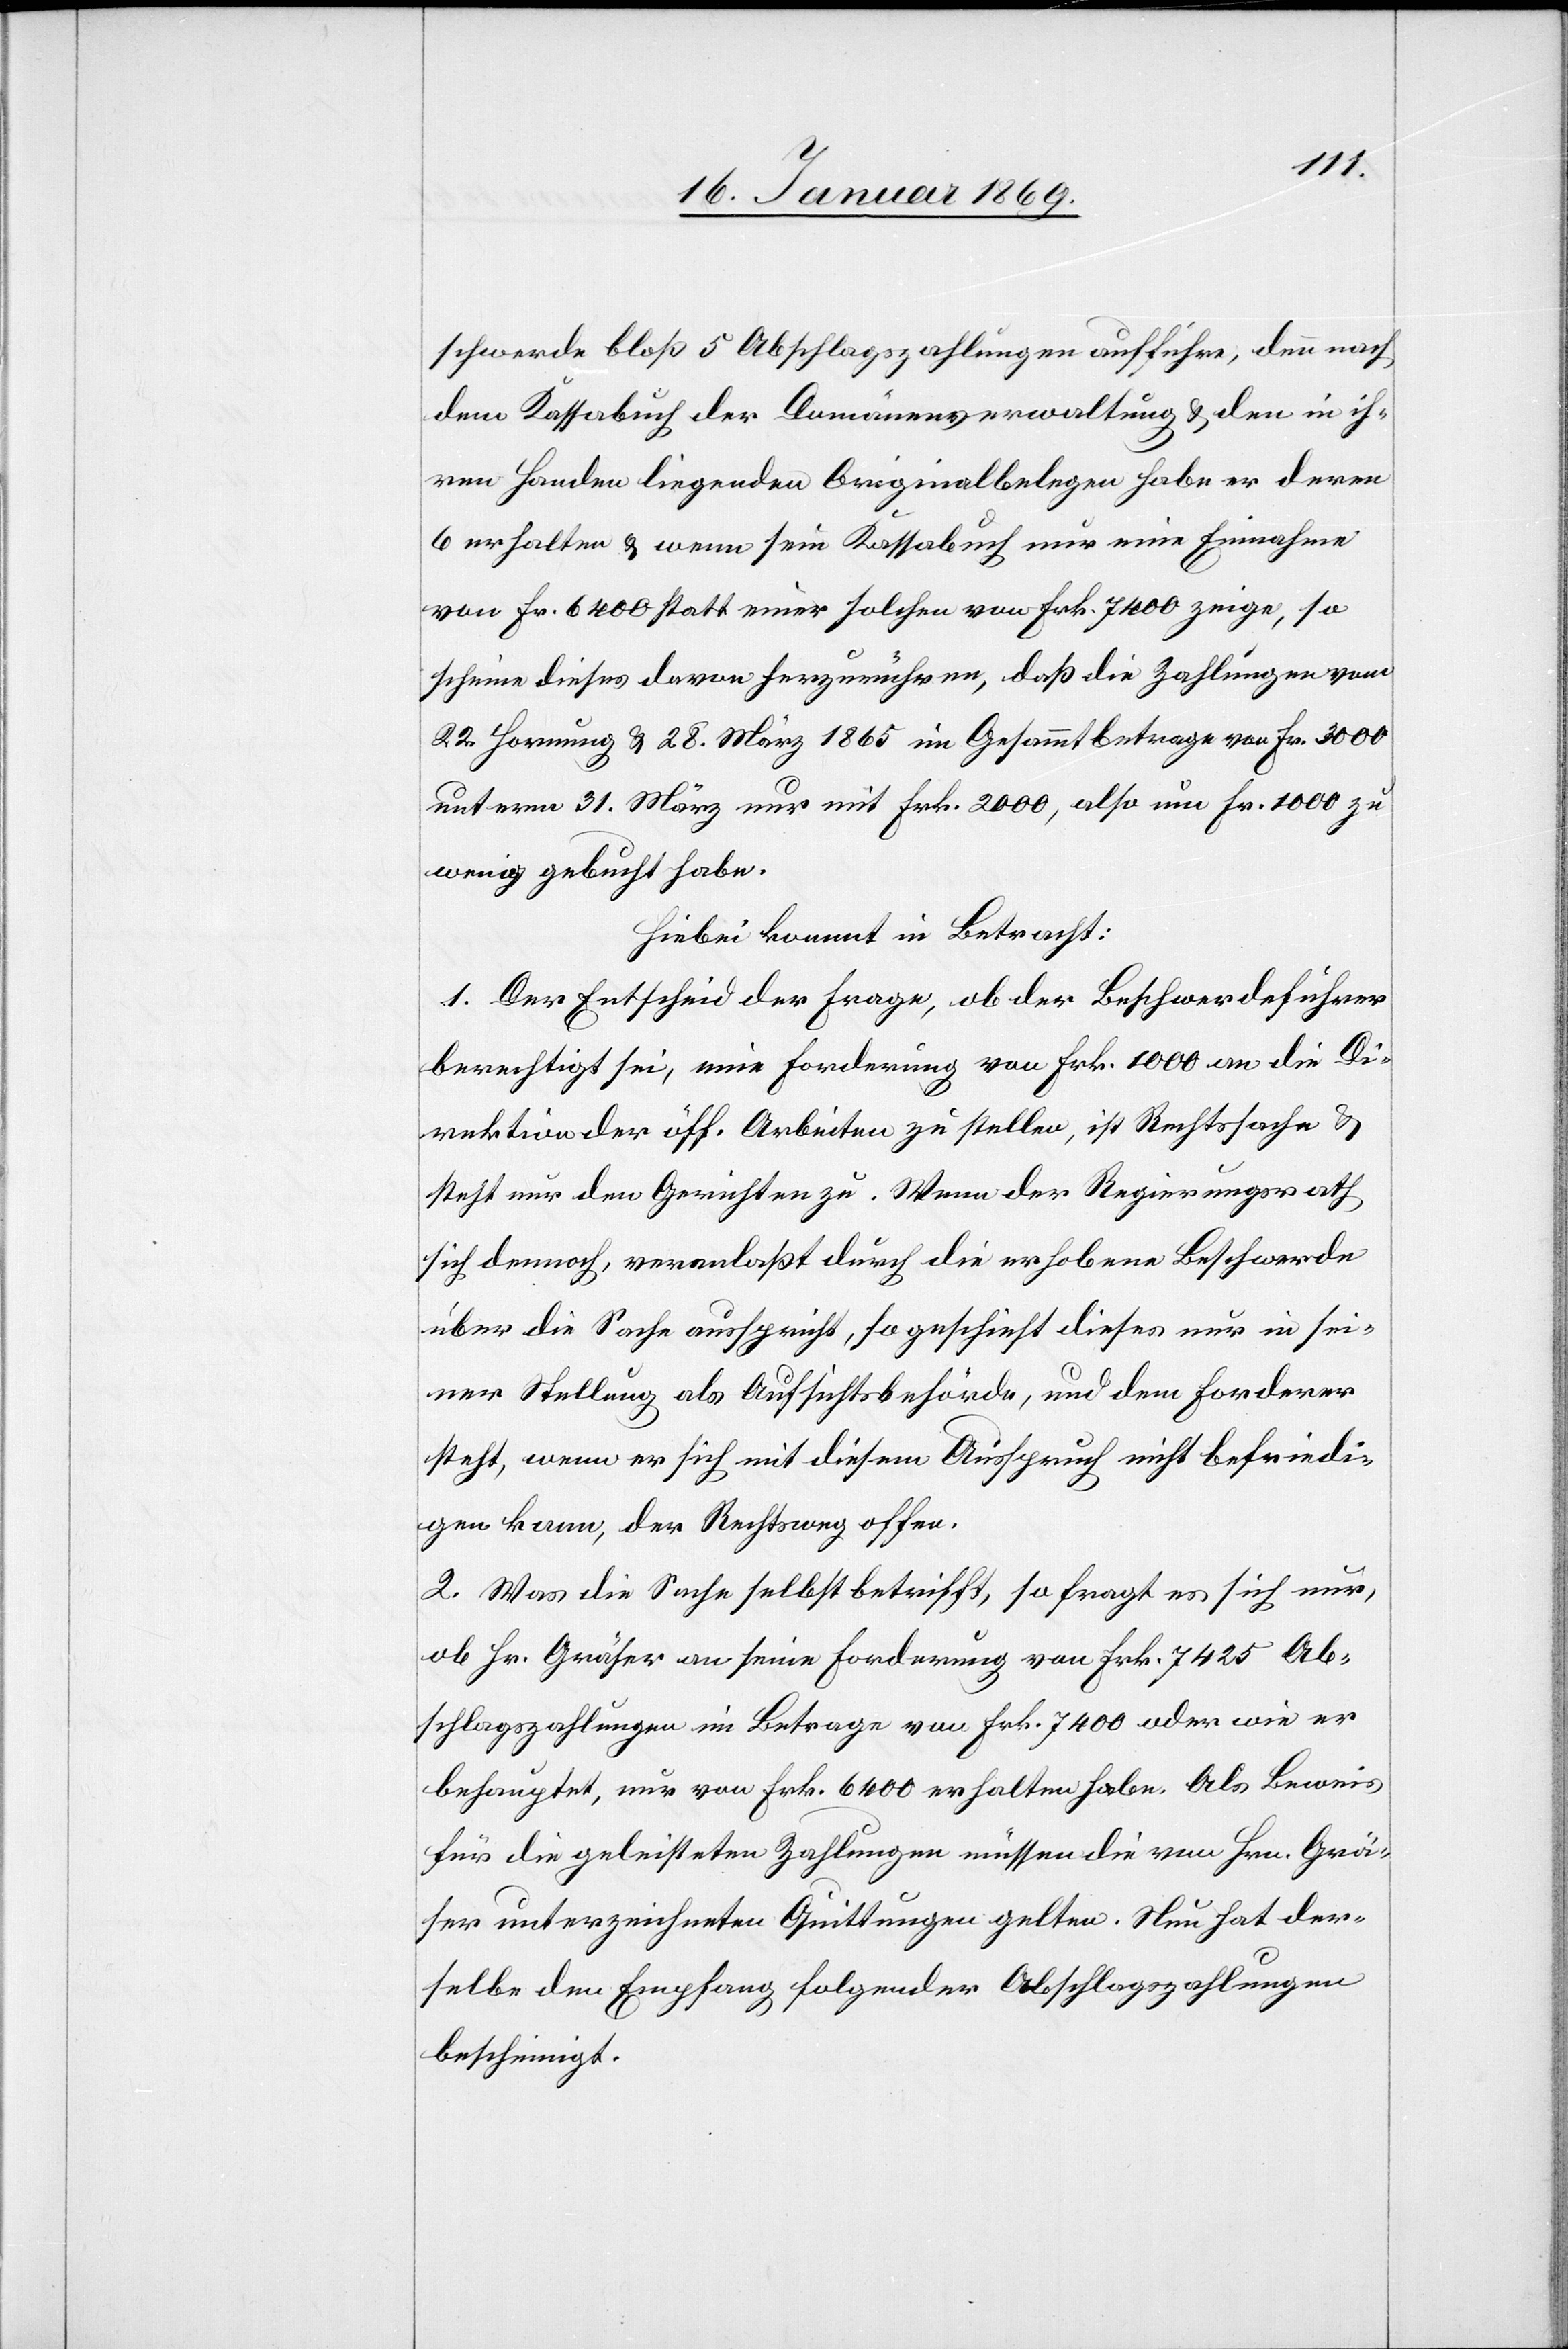
schwerde bloß 5 Abschlagszahlungen aufführe, denn nach
dem Kassabuch der Domänenverwaltung u. den in ih¬
ren Handen liegenden Originalbelegen habe er deren
6 erhalten u. wenn sein Kassabuch nur eine Einnahme
von Fr. 6400 statt einer solchen von Frk. 7400 zeige, so
scheine dieses davon herzurühren, daß die Zahlungen vom
22. Hornung u. 28. März 1865 im Gesammtbetrage von Fr. 3000
unterm 31. März nur mit Frk. 2000, also um Fr. 1000 zu
wenig gebucht habe
Hiebei kommt in Betracht:
1. Der Entscheid der Frage, ob der Beschwerdeführer
berechtigt sei, eine Forderung von Frk. 1000 an die Di¬
rektion der öff. Arbeiten zu stellen, ist Rechtssache u.
steht nur den Gerichten zu. Wenn der Regierungsrath
sich dennoch, veranlaßt durch die erhobene Beschwerde
über die Sache ausspricht, so geschieht dieses nur in sei¬
ner Stellung als Aufsichtsbehörde, und dem Forderer
steht, wenn er sich mit diesem Ausspruch nicht befriedi¬
gen kann, der Rechtsweg offen.
2. Was die Sache selbst betrifft, so fragt es sich nur,
ob Hr. Gräser an seine Forderung von Frk. 7425 Ab¬
schlagszahlungen im Betrage von Frk. 7400 oder wie er
behauptet, nur von Frk. 6400 erhalten habe. Als Beweis
für die geleisteten Zahlungen müssen die von Hrn. Grä¬
ser unterzeichneten Quittungen gelten. Nun hat der¬
selbe den Empfang folgender Abschlagszahlungen
bescheinigt.